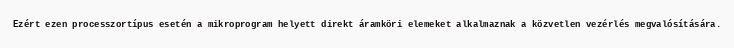
Ezért ezen processzortípus esetén a mikroprogram helyett direkt áramköri elemeket alkalmaznak a közvetlen vezérlés megvalósítására.